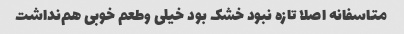
متاسفانه اصلا تازه نبود خشک بود خیلی و‌طعم خوبی هم‌نداشت